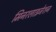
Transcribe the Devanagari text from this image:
मिनरलाइजेशन